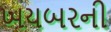
ખયબરની